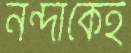
নন্দাকেই